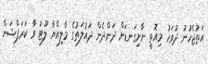
އަތުޖެހުނު ދުވަހު މިއޮތީ ނާށިގަނޑަށް ދަންދެން ދައުލަތުގެ މާލިއްޔާ ލޫޓު ވާ ކަރަޕްޝަން